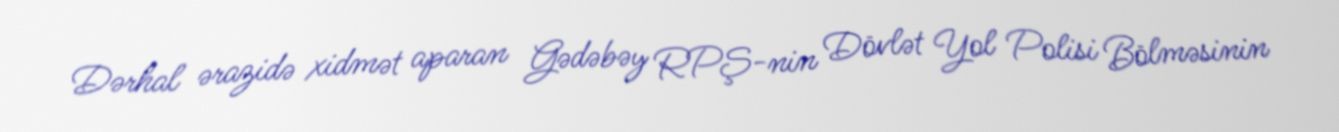
Dərhal ərazidə xidmət aparan Gədəbəy RPŞ-nin Dövlət Yol Polisi Bölməsinin